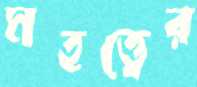
মহত্ত্বের